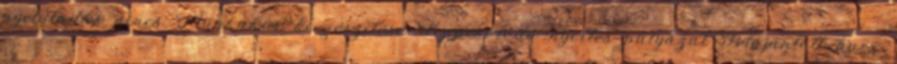
nyelvtudás nincs Munkakör kiegészítése Kapcsolódó nyertes pályázat Felajánlott havi